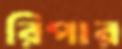
রিপার